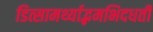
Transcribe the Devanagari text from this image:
डित्सामर्थ्याद्भमभिदधती